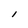
Character: l